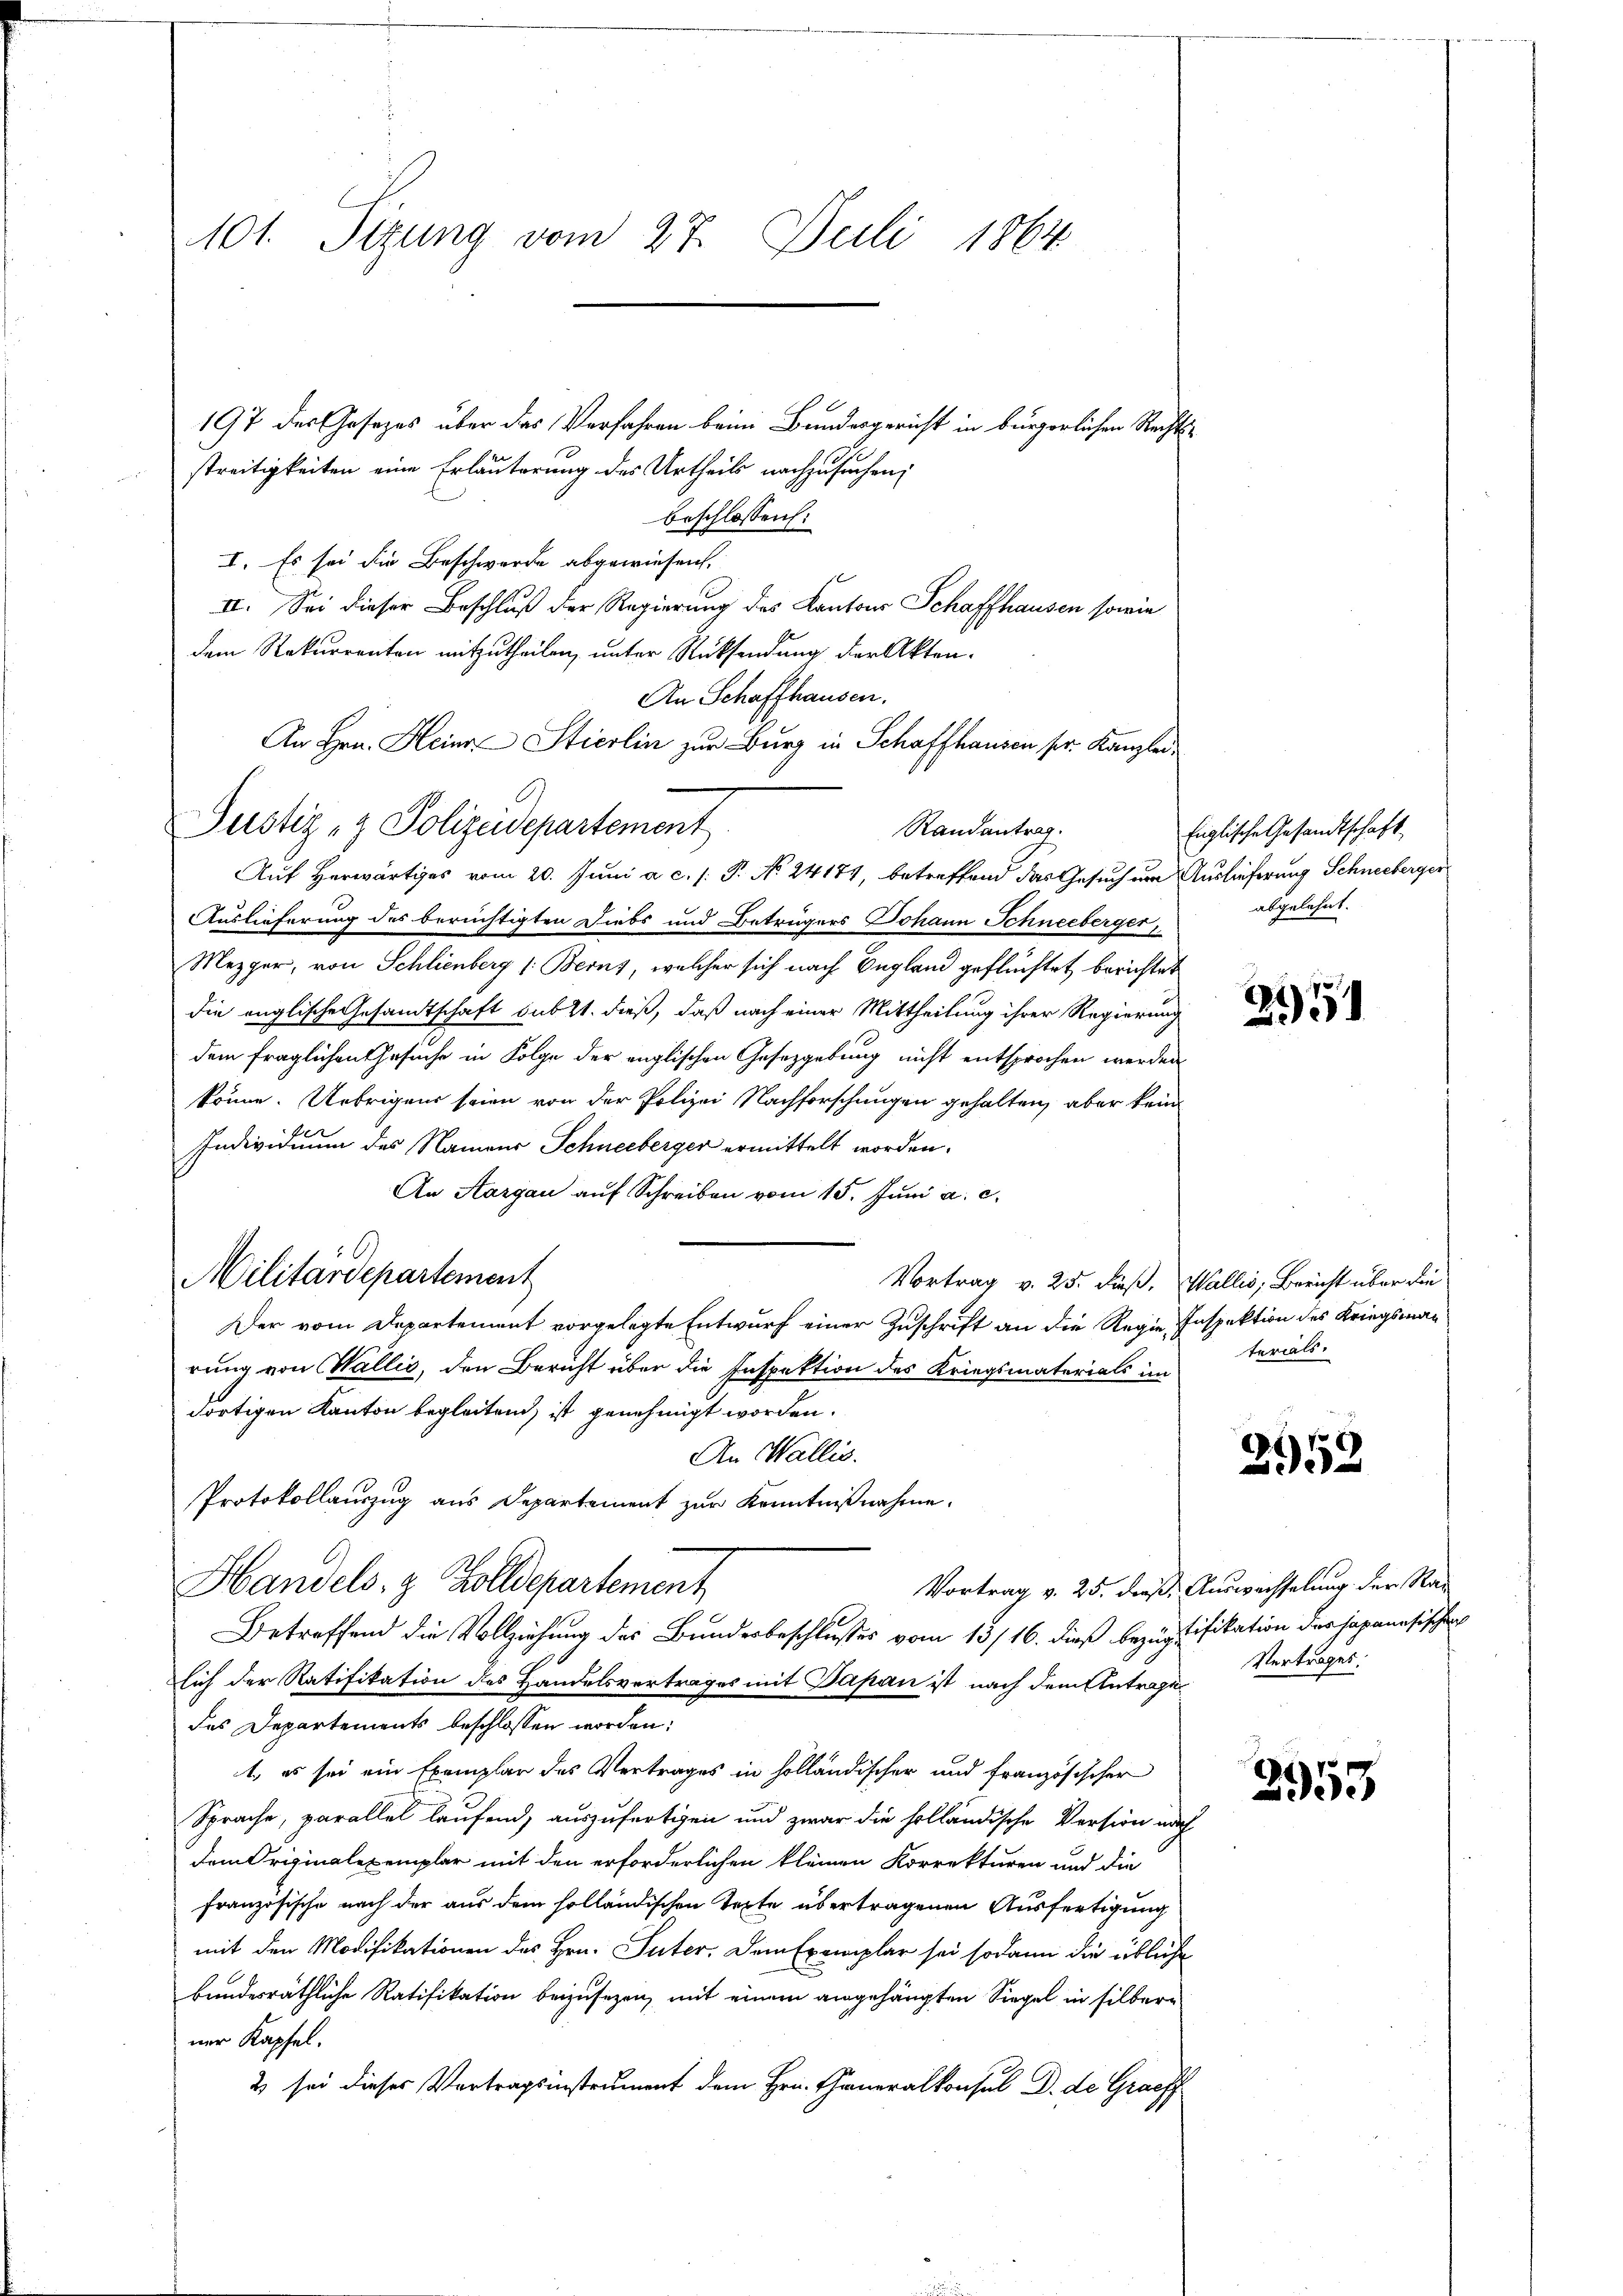
101. Sizung vom 27. Juli 1864

197 des Gesezes über das Verfahren beim Bundesgericht in bürgerlichen Rechtsbeschlossen:
I. Es sei die Beschwerde abgewiesen.
II. Sei dieser Beschluß der Regierung des Kantons Schaffhausen sowie
dem Rekurrenten mitzutheilen, unter Rücksendung der Akten-
An Schaffhausen.
An Hrn. Heine Stierlin zur Burg in Schaffhausen ser Kanzlei¬
Auslieferung des berüchtigten Diebs und Betrügers Johann Schneeberger,
Mezger, von Schlienberg 1: Berns, welcher sich nach England geflüchtet berichtet
die englische Gesandtschaft sub 2t. dieß, daß nach einer Mittheilung ihrer Regierung
dem fraglichen Gesuche in Folge der englischen Gesetzgebung nicht entsprochen werden
könne. Uebrigens seien von der Polizei Nachforschungen gehalten, aber kein
Individuum des Namens Schneeberger ermittelt worden.
An Aargau auf Schreiben vom 15. Juni a. c.
Militärdepartement
Vortrag v. 25. dieß, Wallis, Bericht über die
Der vom Departement vorgelegte Entwurf einer Zuschrift an die Regie-Inspektion des Kriegsmanrung von Wallis, den Bericht über die Inspektion des Kriegsmaterials im
dortigen Kanton begleitend, ist genehmigt worden.
An Wallis.
Protokollauszug aus Departement zur Kenntnißnahme.
Handels- & Zolldepartement
Vortrag v. 25. dieß. Auswechselung der Ra¬

streitigkeiten eine Erläuterung des Urtheils nachzusuchen,

d
Justiz- & Polizeidepartement

Auf Herwärtiges vom 20. Juni a. c. s. P. No 24174, betreffend das Gesuch um Auslieferung Schneeberger

Betreffend die Vollziehung des Bundesbeschlußes vom 13/16. dieß bezugtifikation der Japanesischen

Randantrag.

sich der Ratifikation des Handelsvertrages mit Papan ist nach dem Antrage
des Departements beschlossen worden;
1., es sei ein Exemplar des Vertrages in holländischer und Französischer
Sprache, parallel laufend, auszufertigen und zwar die holländische Version nach
dem Originalexemplar mit den erforderlichen kleinen Korrekturen und die
französische nach der aus dem solländischen Texte übertragenen Ausfertigung
mit den Modifikationen des Hrn. Suter. Dem Exemplar sei sodann die übliche
bundesräthliche Ratifikation beizusezen, mit einem angehängten Siegel in silberner Kapfel.
2 sei dieses Vortragsinstrument dem Hrn. Generalkonsul D. de Graeff

Englische Gesandtschaft
abgelehnt.

21)

terials.

2952

Vertrages:

2953